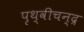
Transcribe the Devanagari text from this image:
पृथ्वीचन्द्र